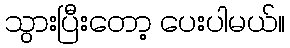
သွားပြီးတော့ ပေးပါမယ်။